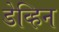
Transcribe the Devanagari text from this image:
डेव्हिन